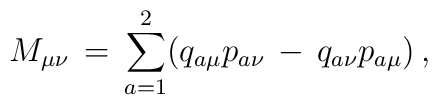
M_{\mu \nu}\,=\,\sum_{a=1}^{2}(q_{a\mu}p_{a\nu}\,-\,q_{a\nu}p_{a\mu})\,{,}